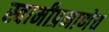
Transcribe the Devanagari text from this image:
स्वामीप्रमाणेच